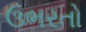
ઉભરતો